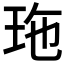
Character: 𤤩